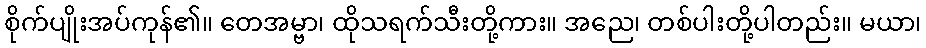
စိုက်ပျိုးအပ်ကုန်၏။ တေအမ္ဗာ၊ ထိုသရက်သီးတို့ကား။ အညေ၊ တစ်ပါးတို့ပါတည်း။ မယာ၊